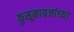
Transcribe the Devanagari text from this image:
कुसूमाग्रजांच्‍या